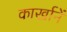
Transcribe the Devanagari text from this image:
कार्खानें